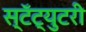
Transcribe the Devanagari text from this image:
स्टॅट्युटरी